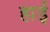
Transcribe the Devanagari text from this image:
हार्ड्